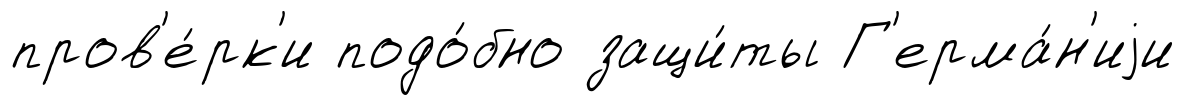
пров'е́рк'и подо́бно защи́ты Г'ерма́н'иjи